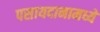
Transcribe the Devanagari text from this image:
पसायदानामध्ये